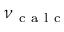
\nu _ { \mathrm { ~ c ~ a ~ l ~ c ~ } }